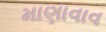
માણાવાવ